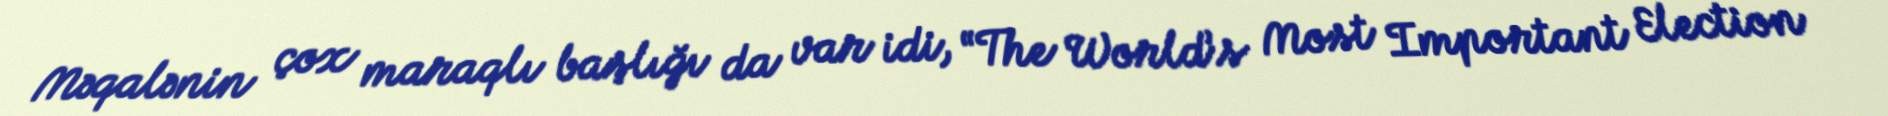
Məqalənin çox maraqlı başlığı da var idi, “The World’s Most Important Election